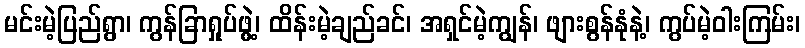
မင်းမဲ့ပြည်ရွာ၊ ကွန်ခြာရှုပ်ဖွဲ့၊ ထိန်းမဲ့ချည်ခင်၊ အရှင်မဲ့ကျွန်၊ ဖျားစွန်နုံနဲ့၊ ကွပ်မဲ့ဝါးကြမ်း၊